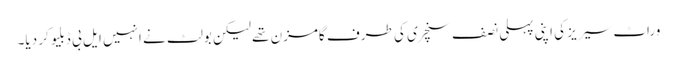
وراٹ سیریز کی اپنی پہلی نصف سنچری کی طرف گامزن تھے لیکن بولٹ نے انہیں ایل بی ڈبلیو کر دیا۔